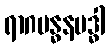
ရာဂဗန္ဓနဗဒ္ဓါ